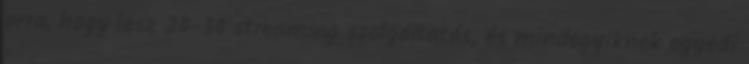
arra, hogy lesz 20-30 streaming szolgáltatás, és mindegyiknek egyedi